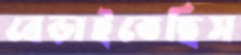
বেড়াইতেছিস